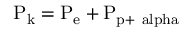
\mathrm { P _ { k } = P _ { e } + P _ { p + \ a l p h a } }